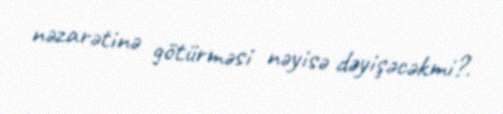
nəzarətinə götürməsi nəyisə dəyişəcəkmi?.